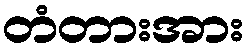
တံတားအား